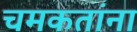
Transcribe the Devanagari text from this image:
चमकतांना